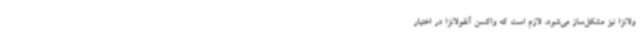
ولانزا نیز مشکل‌ساز می‌شود، لازم است که واکسن آنفولانزا در اختیار